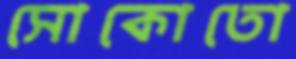
সোকোতো